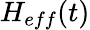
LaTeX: H_{eff}(t)